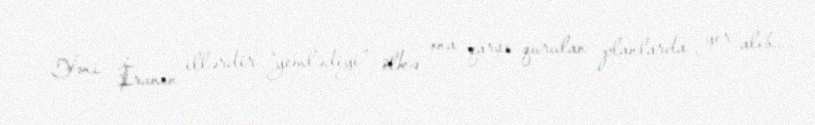
- Yəni İranın illərdir “yemlədiyi” ölkə ona qarşı qurulan planlarda yer alıb...